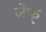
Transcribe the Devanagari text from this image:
जेफ्